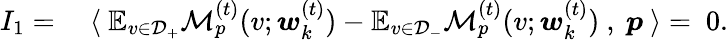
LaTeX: \begin{array}{rl}{I_{1}=}&{~\langle~\mathbb{E}_{v\in\mathcal{D}_{+}}\mathcal{M}_{p}^{(t)}(v;{\boldsymbol w}_{k}^{(t)})-\mathbb{E}_{v\in\mathcal{D}_{-}}\mathcal{M}_{p}^{(t)}(v;{\boldsymbol w}_{k}^{(t)})~,~{\boldsymbol p}~\rangle=~0.}\end{array}